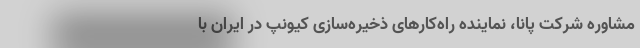
مشاوره شرکت پانا، نماینده راه‌کارهای ذخیره‌سازی کیونپ در ایران با